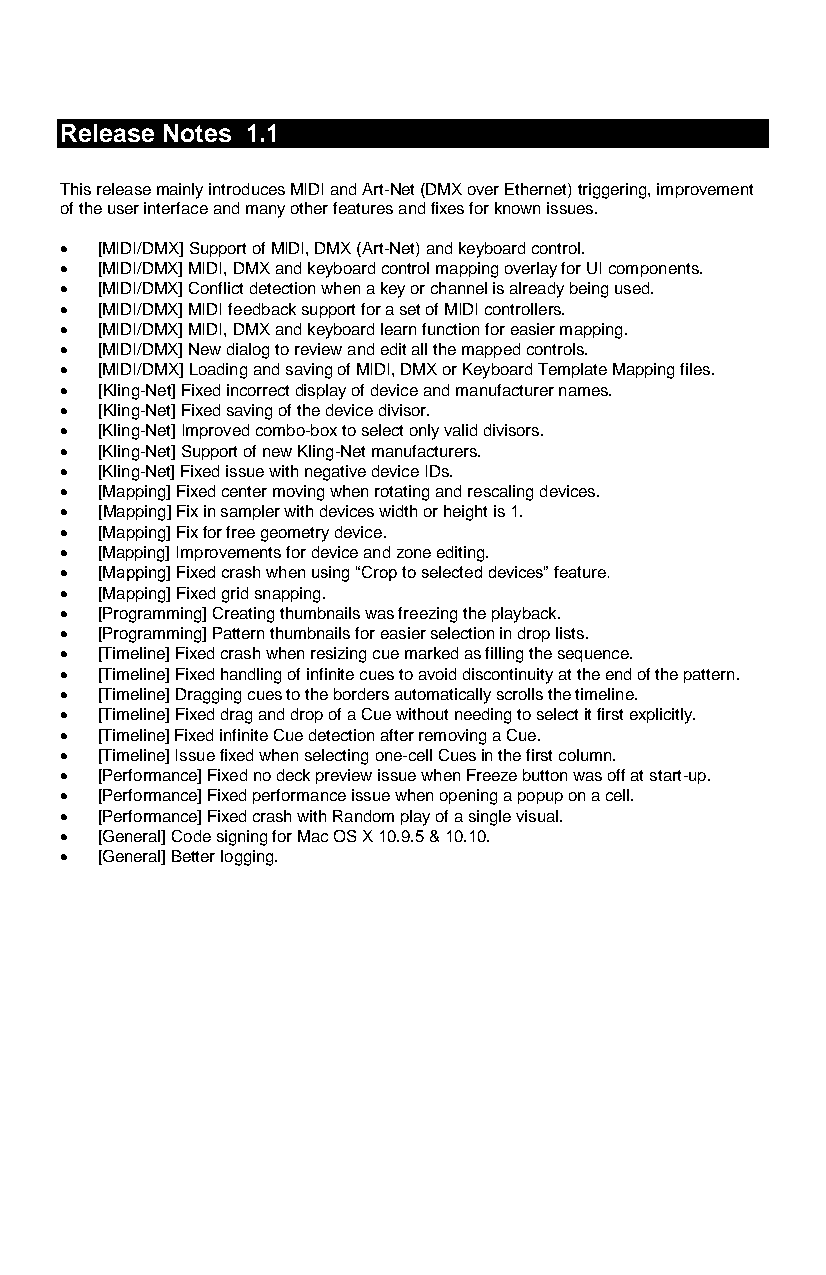
Release Notes 1.1
 This release mainly introduces MIDI and Art-Net (DMX over Ethernet) triggering, improvement
 of the user interface and many other features and fixes for known issues.
  [MIDI/DMX] Support of MIDI, DMX (Art-Net) and keyboard control.
  [MIDI/DMX] MIDI, DMX and keyboard control mapping overlay for UI components.
  [MIDI/DMX] Conflict detection when a key or channel is already being used.
  [MIDI/DMX] MIDI feedback support for a set of MIDI controllers.
  [MIDI/DMX] MIDI, DMX and keyboard learn function for easier mapping.
  [MIDI/DMX] New dialog to review and edit all the mapped controls.
  [MIDI/DMX] Loading and saving of MIDI, DMX or Keyboard Template Mapping files.
  [Kling-Net] Fixed incorrect display of device and manufacturer names.
  [Kling-Net] Fixed saving of the device divisor.
  [Kling-Net] Improved combo-box to select only valid divisors.
  [Kling-Net] Support of new Kling-Net manufacturers.
  [Kling-Net] Fixed issue with negative device IDs.
  [Mapping] Fixed center moving when rotating and rescaling devices.
  [Mapping] Fix in sampler with devices width or height is 1.
  [Mapping] Fix for free geometry device.
  [Mapping] Improvements for device and zone editing.
  [Mapping] Fixed crash when using “Crop to selected devices” feature.
  [Mapping] Fixed grid snapping.
  [Programming] Creating thumbnails was freezing the playback.
  [Programming] Pattern thumbnails for easier selection in drop lists.
  [Timeline] Fixed crash when resizing cue marked as filling the sequence.
  [Timeline] Fixed handling of infinite cues to avoid discontinuity at the end of the pattern.
  [Timeline] Dragging cues to the borders automatically scrolls the timeline.
  [Timeline] Fixed drag and drop of a Cue without needing to select it first explicitly.
  [Timeline] Fixed infinite Cue detection after removing a Cue.
  [Timeline] Issue fixed when selecting one-cell Cues in the first column.
  [Performance] Fixed no deck preview issue when Freeze button was off at start-up.
  [Performance] Fixed performance issue when opening a popup on a cell.
  [Performance] Fixed crash with Random play of a single visual.
  [General] Code signing for Mac OS X 10.9.5 & 10.10.
  [General] Better logging.